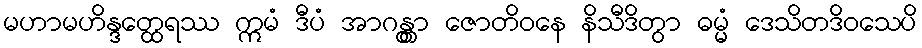
မဟာမဟိန္ဒတ္ထေရဿ ဣမံ ဒီပံ အာဂန္တွာ ဇောတိဝနေ နိသီဒိတွာ ဓမ္မံ ဒေသိတဒိဝသေပိ